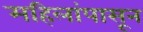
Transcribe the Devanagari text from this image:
महिलांपासून